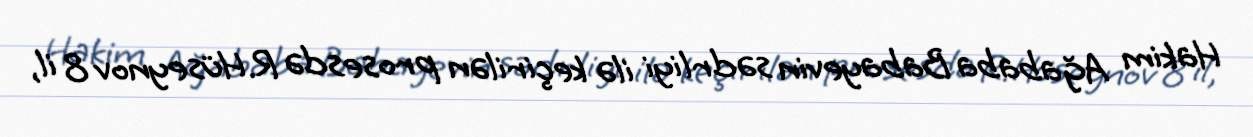
Hakim Ağababa Babayevin sədrliyi ilə keçirilən prosesdə R.Hüseynov 8 il,